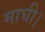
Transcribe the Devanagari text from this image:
माघी।